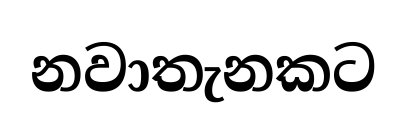
නවාතැනකට